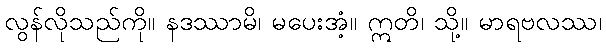
လွန်လိုသည်ကို။ နဒဿာမိ၊ မပေးအံ့။ ဣတိ၊ သို့။ မာရဗလဿ၊